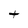
Character: t